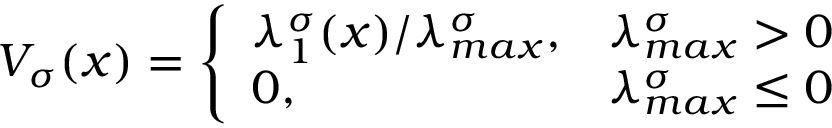
V _ { \sigma } ( x ) = \left\{ \begin{array} { l l } { \lambda _ { 1 } ^ { \sigma } ( x ) / \lambda _ { m a x } ^ { \sigma } , } & { \lambda _ { m a x } ^ { \sigma } > 0 } \\ { 0 , } & { \lambda _ { m a x } ^ { \sigma } \leq 0 } \end{array} \right.